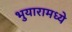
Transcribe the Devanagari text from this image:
भुयारामध्ये